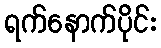
ရက်နောက်ပိုင်း